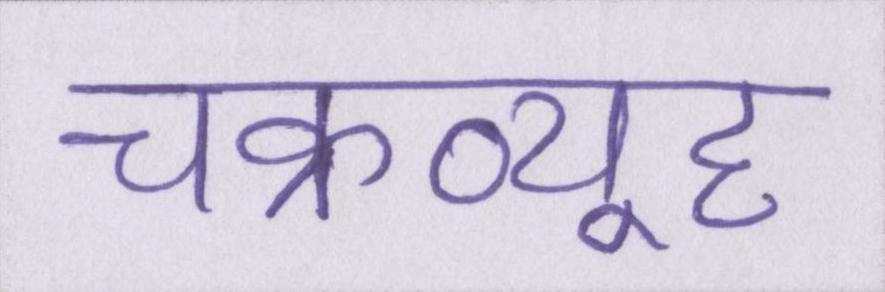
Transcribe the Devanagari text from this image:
चक्रव्यूह